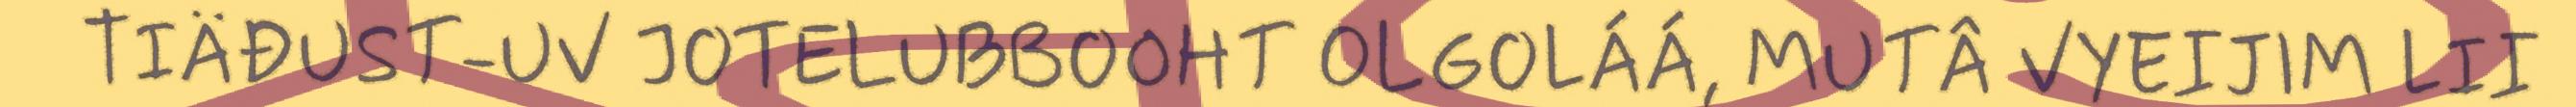
TIÄĐUST-UV JOTELUBBOOHT OLGOLÁÁ, MUTÂ VYEIJIM LII